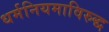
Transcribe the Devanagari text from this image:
धर्मनियमाविरुद्ध